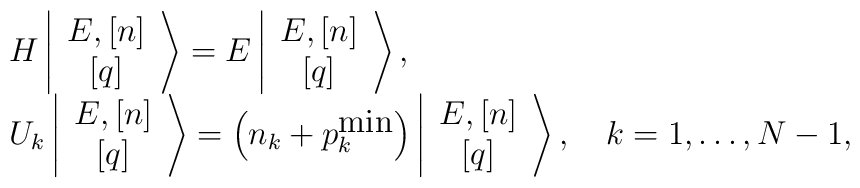
\begin{array}{l}H \left\vert\begin{array}{c}E, \left[n\right]\\ \left[ q \right] \end{array}\right>=E \left\vert \begin{array}{c} E, \left[n\right]\\ \left[ q \right]\end{array} \right>, \\{U}_k \left\vert \begin{array}{c} E, \left[n\right]\\ \left[ q \right]\end{array} \right> = \left(n_k + p_k^{\mbox{min}}\right) \left\vert\begin{array}{c} E, \left[n\right]\\ \left[ q \right] \end{array} \right>,\quad k=1,\ldots,N-1, \\ \end{array}